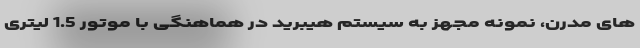
های مدرن، نمونه مجهز به سیستم هیبرید در هماهنگی با موتور 1.5 لیتری